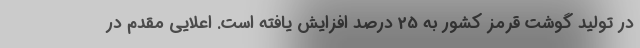
در تولید گوشت قرمز کشور به 25 درصد افزایش یافته است. اعلایی مقدم در